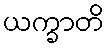
ယက္ခာတိ